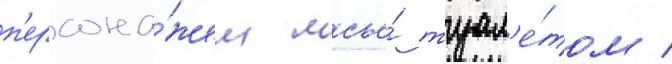
п'ерсона́жем мсье́ туал'е́том /